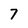
Character: 7